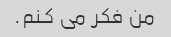
من فکر می کنم.